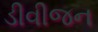
ડીવીજન